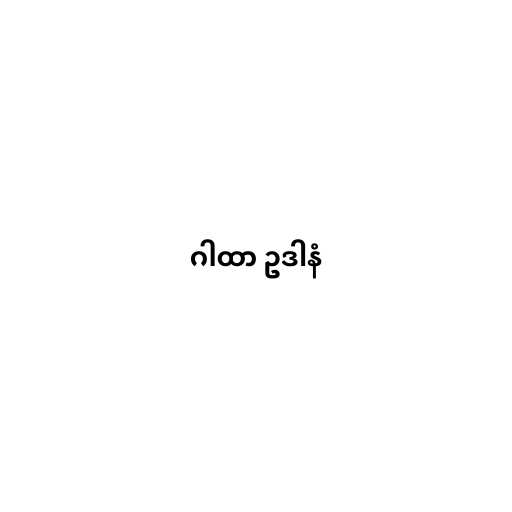
ဂါထာ ဥဒါနံ